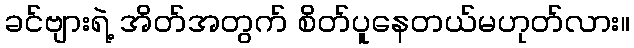
ခင်ဗျားရဲ့ အိတ်အတွက် စိတ်ပူနေတယ်မဟုတ်လား။